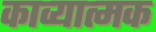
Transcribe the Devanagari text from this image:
काव्‍यात्‍मक